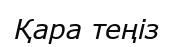
Қара теңіз